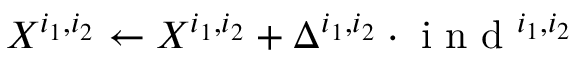
X ^ { i _ { 1 } , i _ { 2 } } \gets X ^ { i _ { 1 } , i _ { 2 } } + \Delta ^ { i _ { 1 } , i _ { 2 } } \cdot \mathrm { ~ i ~ n ~ d ~ } ^ { i _ { 1 } , i _ { 2 } }